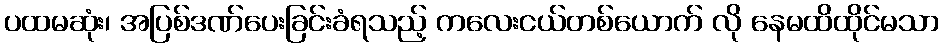
ပထမဆုံး၊ အပြစ်ဒဏ်ပေးခြင်းခံရသည့် ကလေးငယ်တစ်ယောက် လို နေမထိထိုင်မသာ